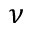
\nu